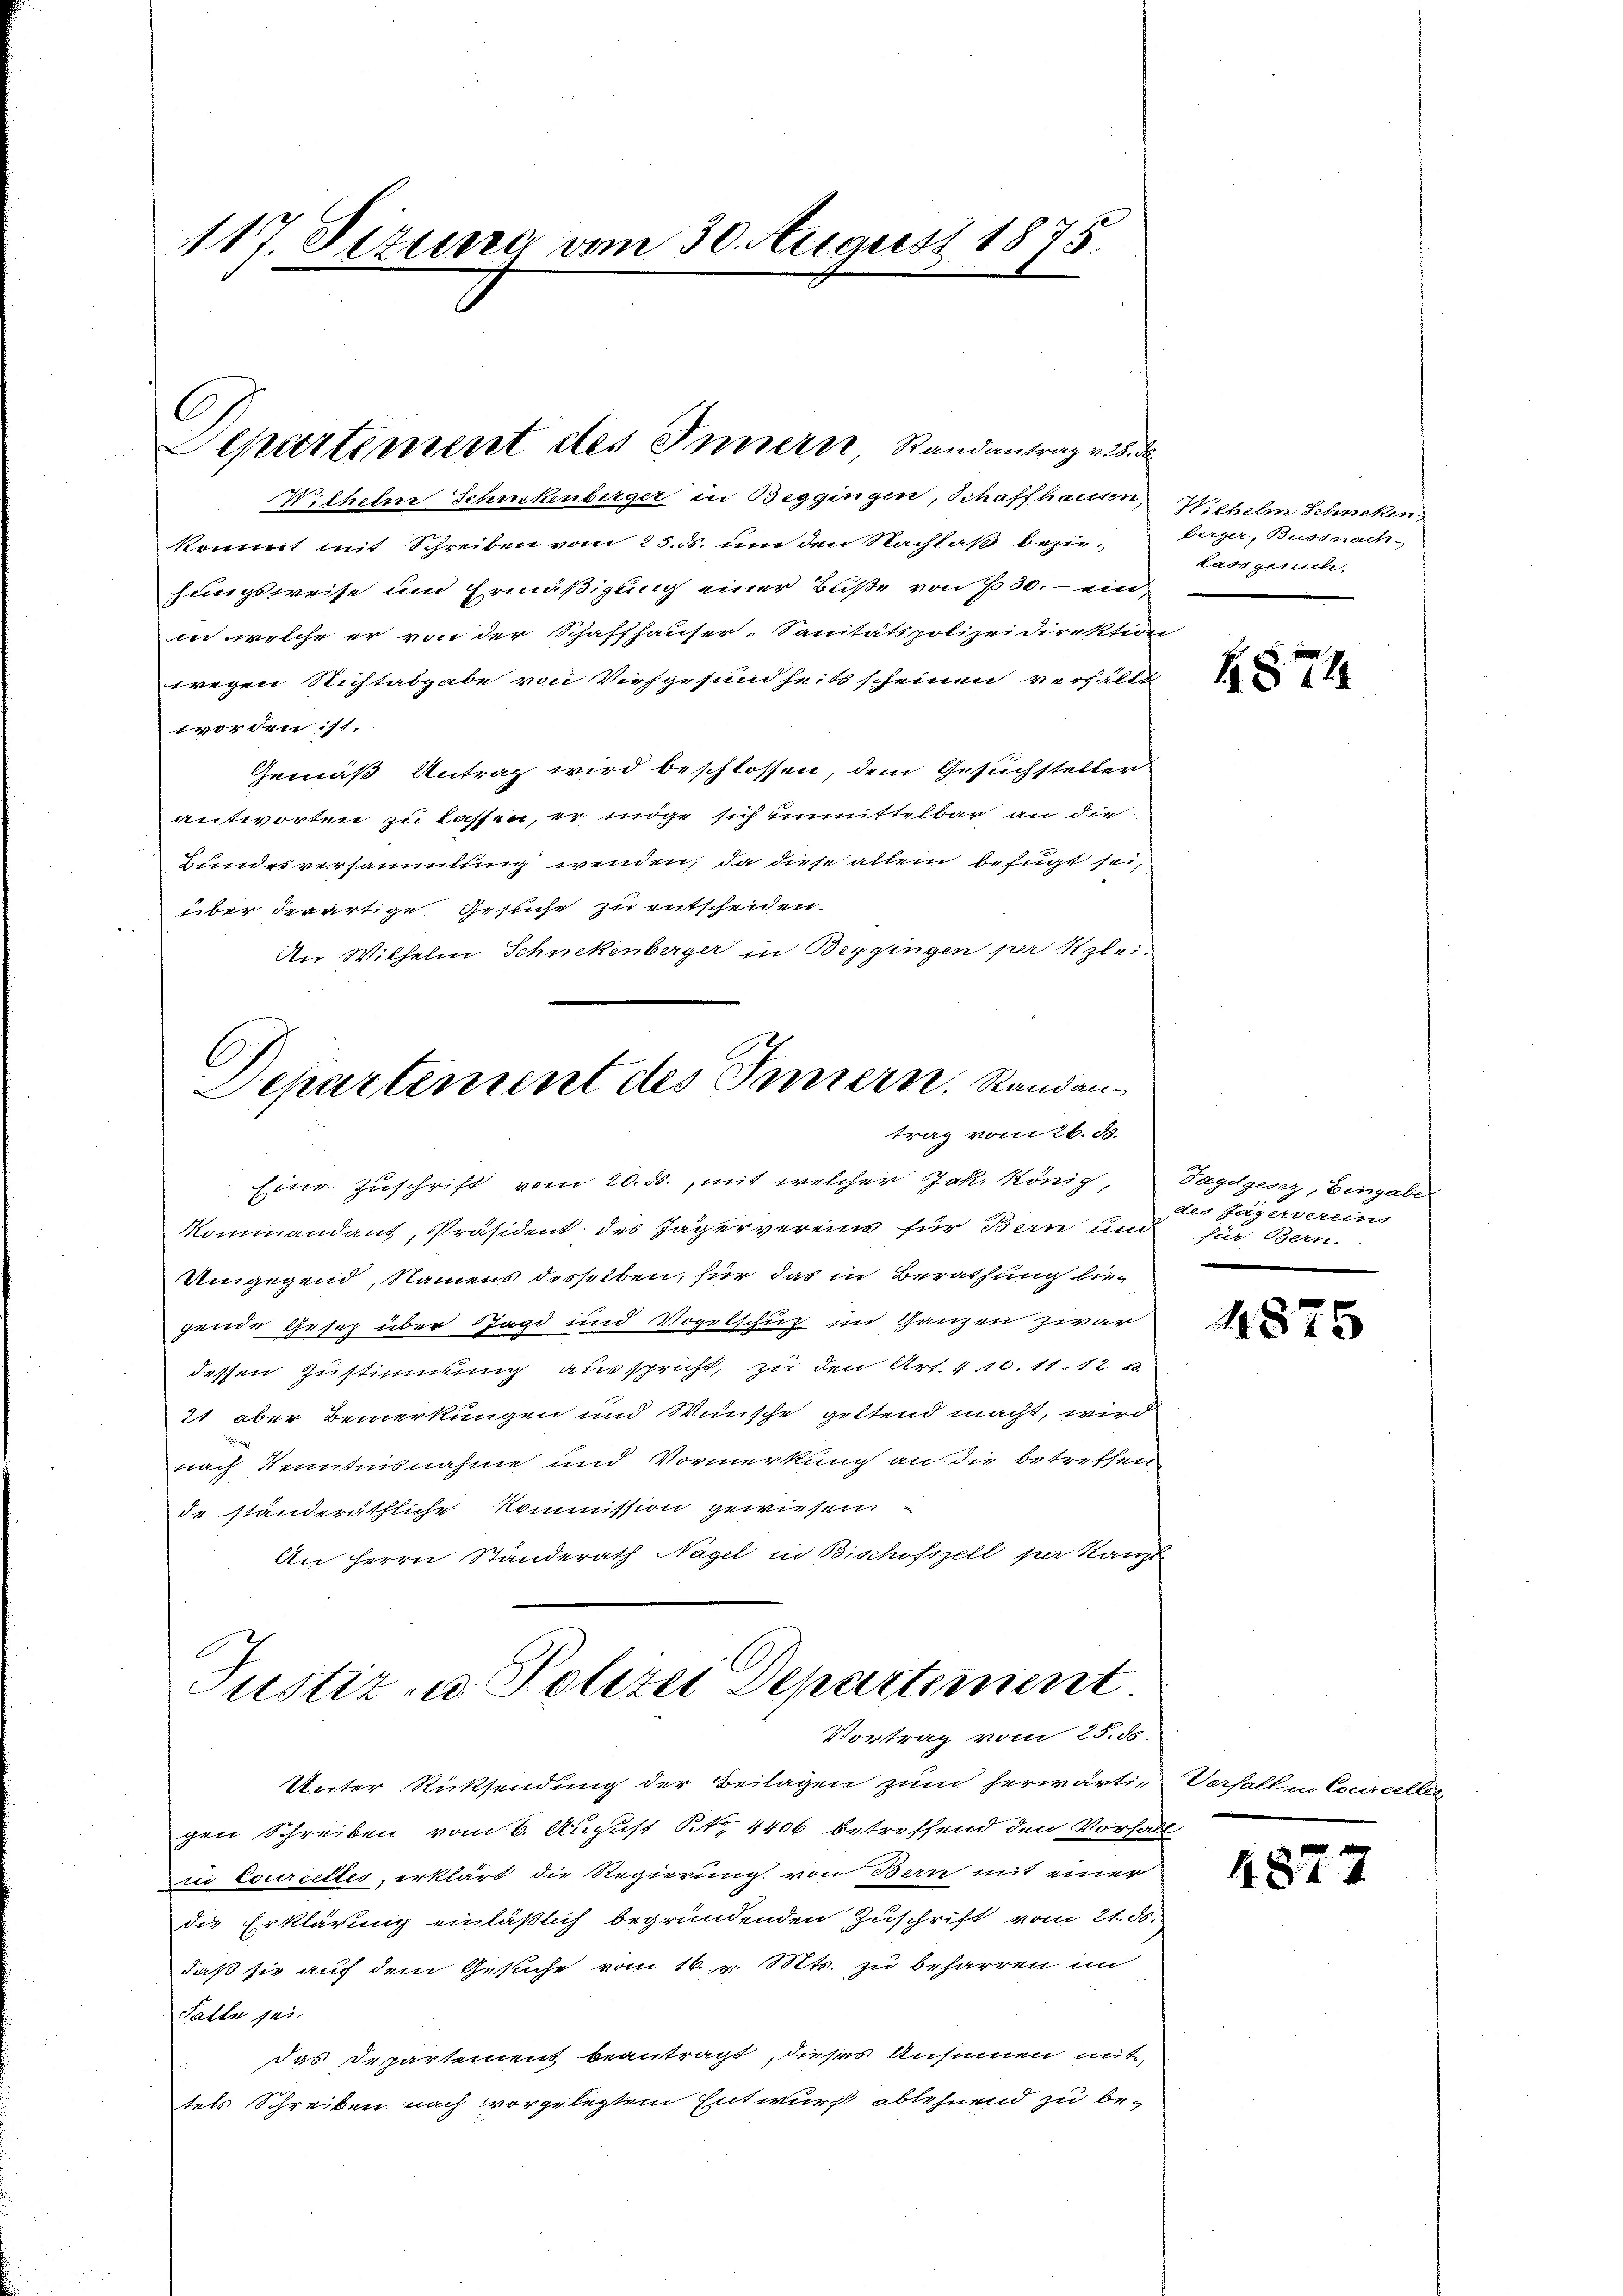
117. Sizung vom 30. August 1875.

C
Aepartement des Innern, Randantrag v. 28. d

Wilhelm Schikenberger in Beggingen, Schaffhausen, Wichelm Schneken
kommt mit Schreiben vom 25. ds. um den Nachlaß bezie- beige, Bussnach-
hungsweise und Ermäßigung einer Buße von 630.- einin welche er von der Schaffhauser-Sanitätspolizeidirektion
wegen Nichtabgabe von Viehgesundheits scheinen verhält
worden ist.
Gemäß Antrag wird beschlossen, dem Gesuchsteller
antworten zu lassen, er möge sich unmittelbar an die
Bundesversammlung wenden, da diese allein befugt sei,
über derartige Gesuche zu entscheiden.
An Wilhelm Schnekenberger in Beygingen per Klei

C
Departement des Innern. Randantrag vom 26. d.

Eine Zuschrift vom 20. ds., mit welcher Jak. König, Tagdgesez, Eingabe
Kommandant, Präsident des Jägervereins für Bern und
Umgegend, Namens desselben, für das in Berathung lie-
gende Gesetz über Jagd und Vogelschuz im ganzen zwar
dessen Zustimmung ausspricht, zu den Art. 410. 11. 12 u.
21 aber Bemerkungen und Wünsche geltend macht, wird
nach Kenntnisnahme und Vormerkung an die betreffen
de ständeräthliche Kommission gewiesen
An Herrn Ständerath Nagel in Bischofszell per Kanzle

Justiz- u. Polizei Departement
Vortrag vom 25. ds.

Unter Rücksendung der Beilagen zum herwärti-
gen Schreiben vom 6. August No. 4406 betreffend den Vorfall
ui Courcettes erklärt die Regierung von Bern mit einer
die Erklärung einläßlich begründenden Zuschrift vom 21. ds.
daß sie auf dem Gesuche vom 16. v. Mts. zu beharren im
Salle sei.
das Departement beantragt, dieses Ansinnen mit
tels Schreiben nach vorgelegtem Entwurf ablehnend zu be¬

Lass gesuch,

1874

des Jägerverein
für Bern.
.

4875

Verfall in Courcell

4827